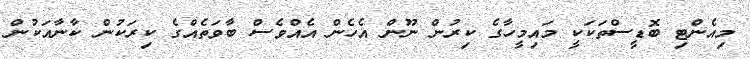
މިއެންޓި ބޮޑީސްތަކަކީ މައިމީހާގެ ކިރުން ނޫން އެހެން އެއްވެސް ބާވަތެއްގެ ކިރަކުން ކާނާއަކުން